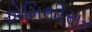
એમિથીસર